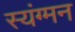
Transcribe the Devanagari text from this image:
स्यंग्मन